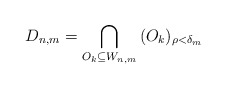
\begin{gather*} D_{n,m} = \bigcap_{O_k \subseteq W_{n,m}} \, (O_k)_{\rho<\delta_m} \end{gather*}